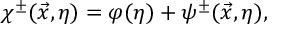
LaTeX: \chi ^ { \pm } ( \vec { x } , \eta ) = \varphi ( \eta ) + \psi ^ { \pm } ( \vec { x } , \eta ) ,